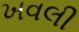
ખવલી